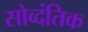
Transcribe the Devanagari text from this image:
सोव्दंतिक